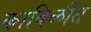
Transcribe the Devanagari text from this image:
काविळीत